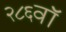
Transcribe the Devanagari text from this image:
२८६वॉ